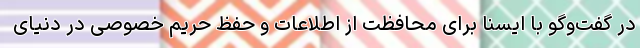
در گفت‌وگو با ایسنا برای محافظت از اطلاعات و حفظ حریم خصوصی در دنیای